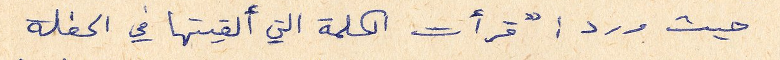
حيث ورد: "قرأت الكلمة التي القيتها في الحفلة